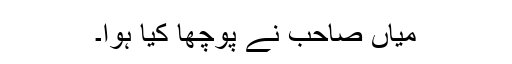
میاں صاحب نے پوچھا کیا ہوا۔